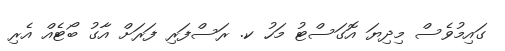
ގައިމުވެސް މިދިޔަ އޮގަސްޓު މަހު ކ. ރަސްފަރި ފަރަށް އާގު ބޯޓެއް އެރި